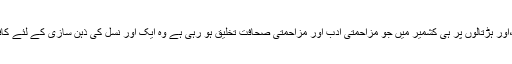
کرفیو ،اور ہڑتالوں پر ہی کشمیر میں جو مزاحمتی ادب اور مزاحمتی صحافت تخلیق ہو رہی ہے وہ ایک اور نسل کی ذہن سازی کے لئے کافی ہے۔